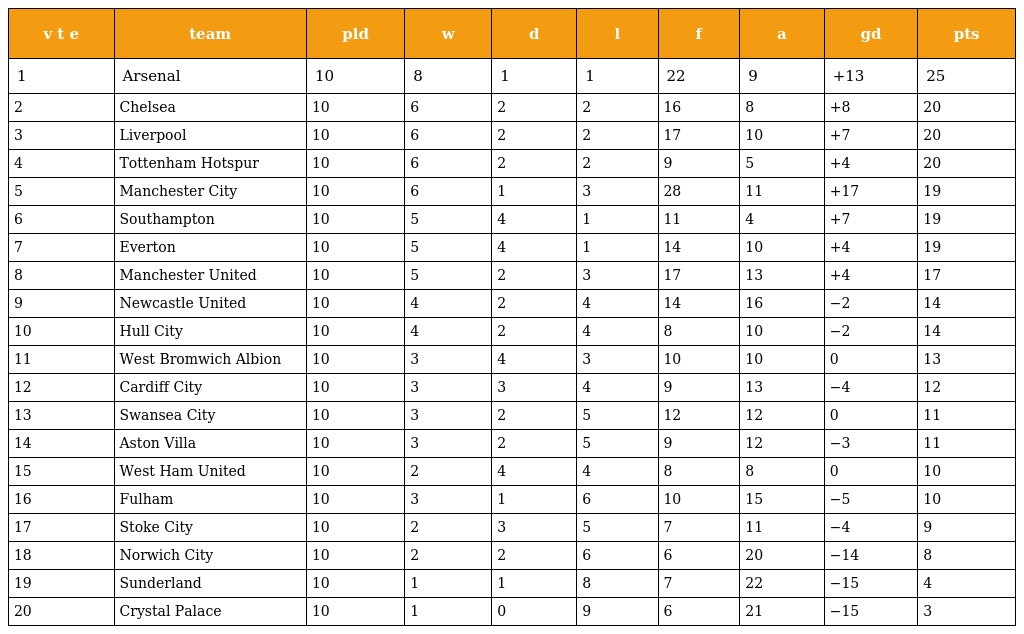
| v t e | team | pld | w | d | l | f | a | gd | pts |
 | --- | --- | --- | --- | --- | --- | --- | --- | --- | --- |
 | 1 | Arsenal | 10 | 8 | 1 | 1 | 22 | 9 | +13 | 25 |
 | 2 | Chelsea | 10 | 6 | 2 | 2 | 16 | 8 | +8 | 20 |
 | 3 | Liverpool | 10 | 6 | 2 | 2 | 17 | 10 | +7 | 20 |
 | 4 | Tottenham Hotspur | 10 | 6 | 2 | 2 | 9 | 5 | +4 | 20 |
 | 5 | Manchester City | 10 | 6 | 1 | 3 | 28 | 11 | +17 | 19 |
 | 6 | Southampton | 10 | 5 | 4 | 1 | 11 | 4 | +7 | 19 |
 | 7 | Everton | 10 | 5 | 4 | 1 | 14 | 10 | +4 | 19 |
 | 8 | Manchester United | 10 | 5 | 2 | 3 | 17 | 13 | +4 | 17 |
 | 9 | Newcastle United | 10 | 4 | 2 | 4 | 14 | 16 | −2 | 14 |
 | 10 | Hull City | 10 | 4 | 2 | 4 | 8 | 10 | −2 | 14 |
 | 11 | West Bromwich Albion | 10 | 3 | 4 | 3 | 10 | 10 | 0 | 13 |
 | 12 | Cardiff City | 10 | 3 | 3 | 4 | 9 | 13 | −4 | 12 |
 | 13 | Swansea City | 10 | 3 | 2 | 5 | 12 | 12 | 0 | 11 |
 | 14 | Aston Villa | 10 | 3 | 2 | 5 | 9 | 12 | −3 | 11 |
 | 15 | West Ham United | 10 | 2 | 4 | 4 | 8 | 8 | 0 | 10 |
 | 16 | Fulham | 10 | 3 | 1 | 6 | 10 | 15 | −5 | 10 |
 | 17 | Stoke City | 10 | 2 | 3 | 5 | 7 | 11 | −4 | 9 |
 | 18 | Norwich City | 10 | 2 | 2 | 6 | 6 | 20 | −14 | 8 |
 | 19 | Sunderland | 10 | 1 | 1 | 8 | 7 | 22 | −15 | 4 |
 | 20 | Crystal Palace | 10 | 1 | 0 | 9 | 6 | 21 | −15 | 3 |